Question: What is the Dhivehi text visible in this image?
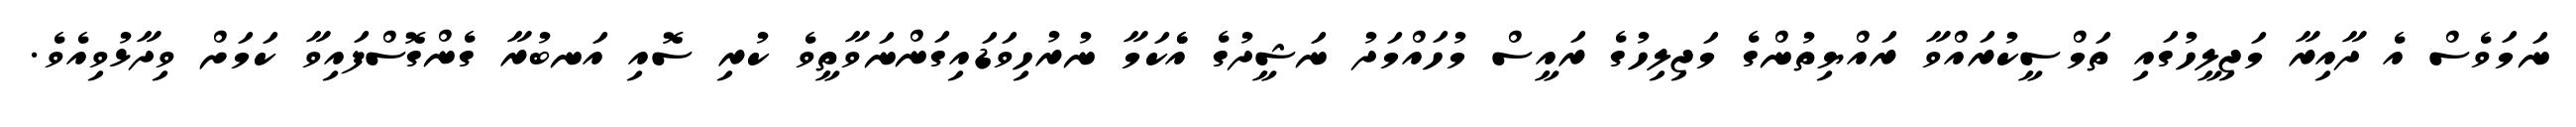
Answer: ނަމަވެސް އެ ދާއިރާ މަޖިލީހުގައި ތަމްސީކުރައްވާ ރައްޔިތުންގެ މަޖިލިހުގެ ރައީސް މުހައްމަދު ނަޝީދުގެ އެެކަމާ ނުރުހިވަޑައިގަންނަވާތީވެ ކުރި ސޮއި އަނބުރާ ގެންގޮސްފައިވާ ކަމަށް ވިދާޅުވިއެވެ.